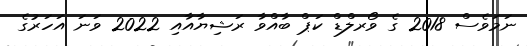
ނަމަވެސް 2018 ގެ ވޯރލްޑް ކަޕް ބާއްވާ ރަޝިޔާއާއި 2022 ވަނަ އަހަރުގެ